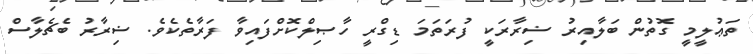
ތަޢުލީމީ ގޮތުން ބަލާއިރު ޟިރާރަކީ ފުރަތަމަ ޑިގްރީ ހާޞިލްކޮށްފައިވާ ފަރާތެކެވެ. ޟިރާރު ބެޗެލާސް